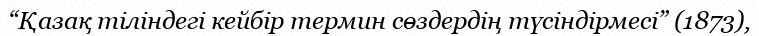
“Қазақ тіліндегі кейбір термин сөздердің түсіндірмесі” (1873),